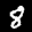
Label: 8